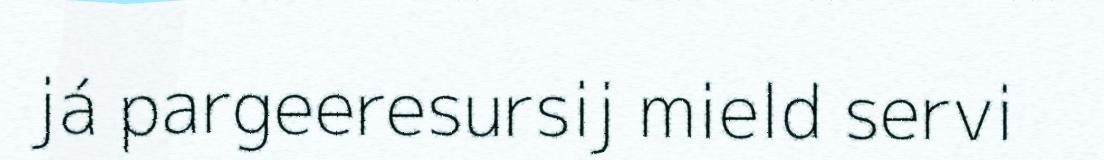
já pargeeresursij mield servi